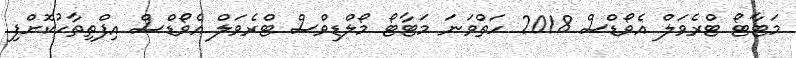
މަޓާޓޯ ޓްރެވަލް އެވޯޑްސް 2018 ހަތްވަނަ މަޓާޓޯ މޯލްޑިވްސް ޓްރެވަލް އެވޯޑްސް އިފްތިތާހުކޮށްފި